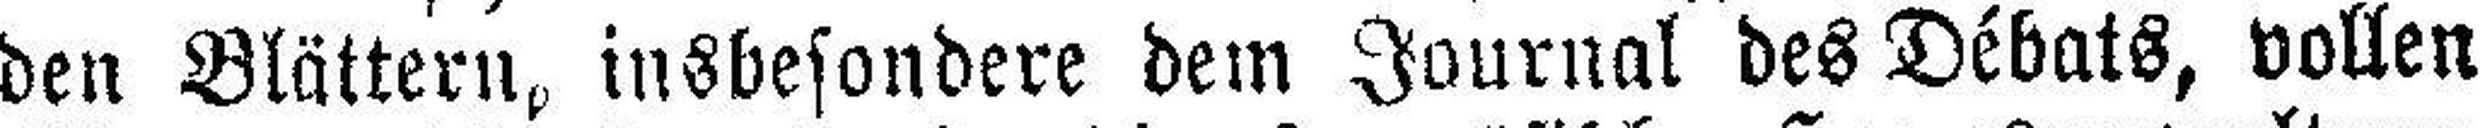
den Blättern, insbesondere dem Journal des Débats, vollen